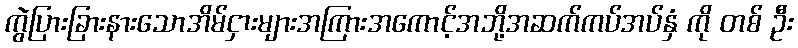
ကွဲပြားခြားနားသောအိမ်ငှားများအကြားအကောင့်အဘို့အဆက်ကပ်အပ်နှံ ကို တစ် ဦး